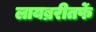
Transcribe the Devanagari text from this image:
लायब्ररीतर्फे